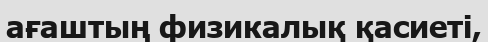
ағаштың физикалық қасиеті,